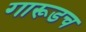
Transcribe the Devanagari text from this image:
गारूडच